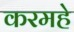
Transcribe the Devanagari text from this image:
करमहे